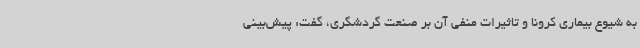
به شیوع بیماری کرونا و تاثیرات منفی آن بر صنعت گردشگری، گفت: پیش‌بینی